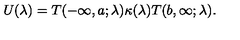
U ( \lambda ) = T ( - \infty , a ; \lambda ) \kappa ( \lambda ) T ( b , \infty ; \lambda ) .